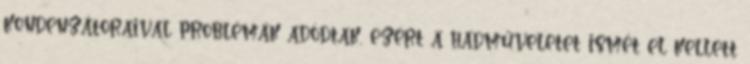
kondenzátoraival problémák adódtak, ezért a hadműveletet ismét el kellett